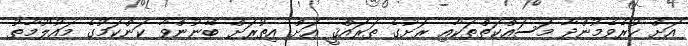
އަށް ކުރެވެމުންދާ މަސައްކަތްތަކާއި ރަށުގެ ތަރައްޤީ އަށް އިތުރަށް ބޭނުންވާ ކަންކަމުގެ މައުލޫމާތު